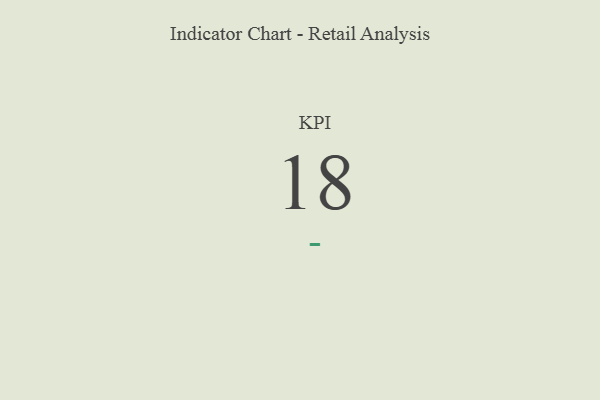
{"axis": {"x": "KPI", "y": "Value"}, "legend": [""], "data": [{"x": "KPI", "y": 18, "type": ""}]}